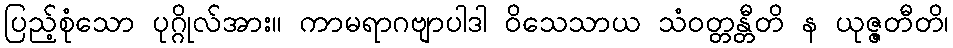
ပြည့်စုံသော ပုဂ္ဂိုလ်အား။ ကာမရာဂဗျာပါဒါ ဝိသေသာယ သံဝတ္တန္တီတိ န ယုဇ္ဇတီတိ၊